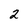
Character: 2